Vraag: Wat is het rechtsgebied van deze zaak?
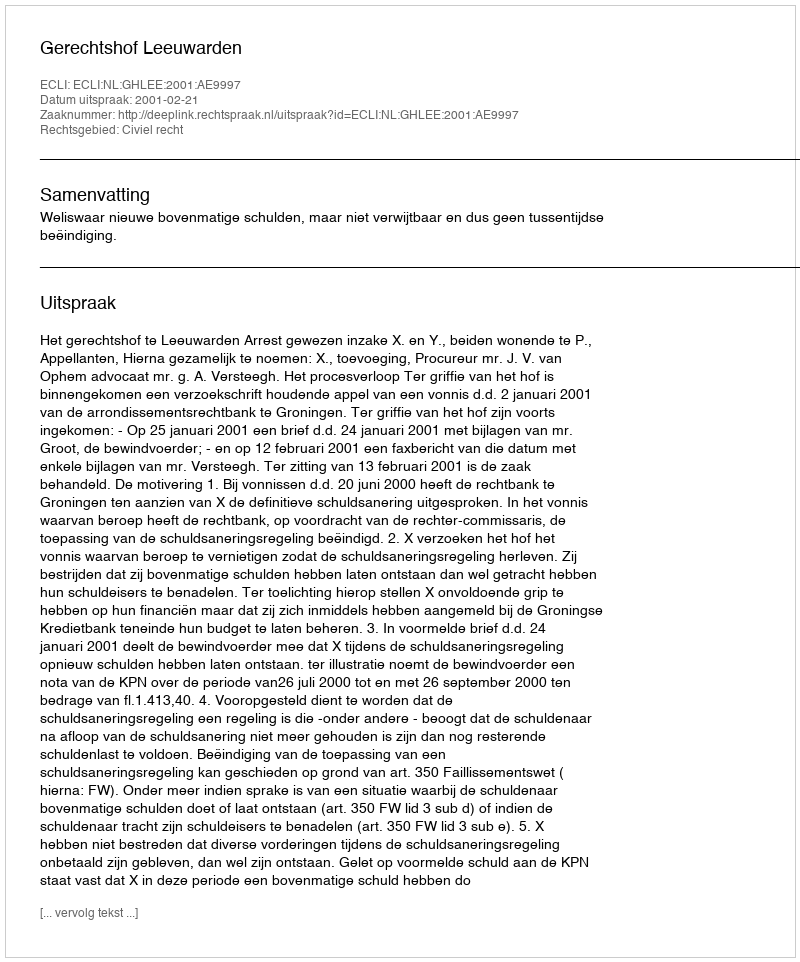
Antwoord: Civiel recht